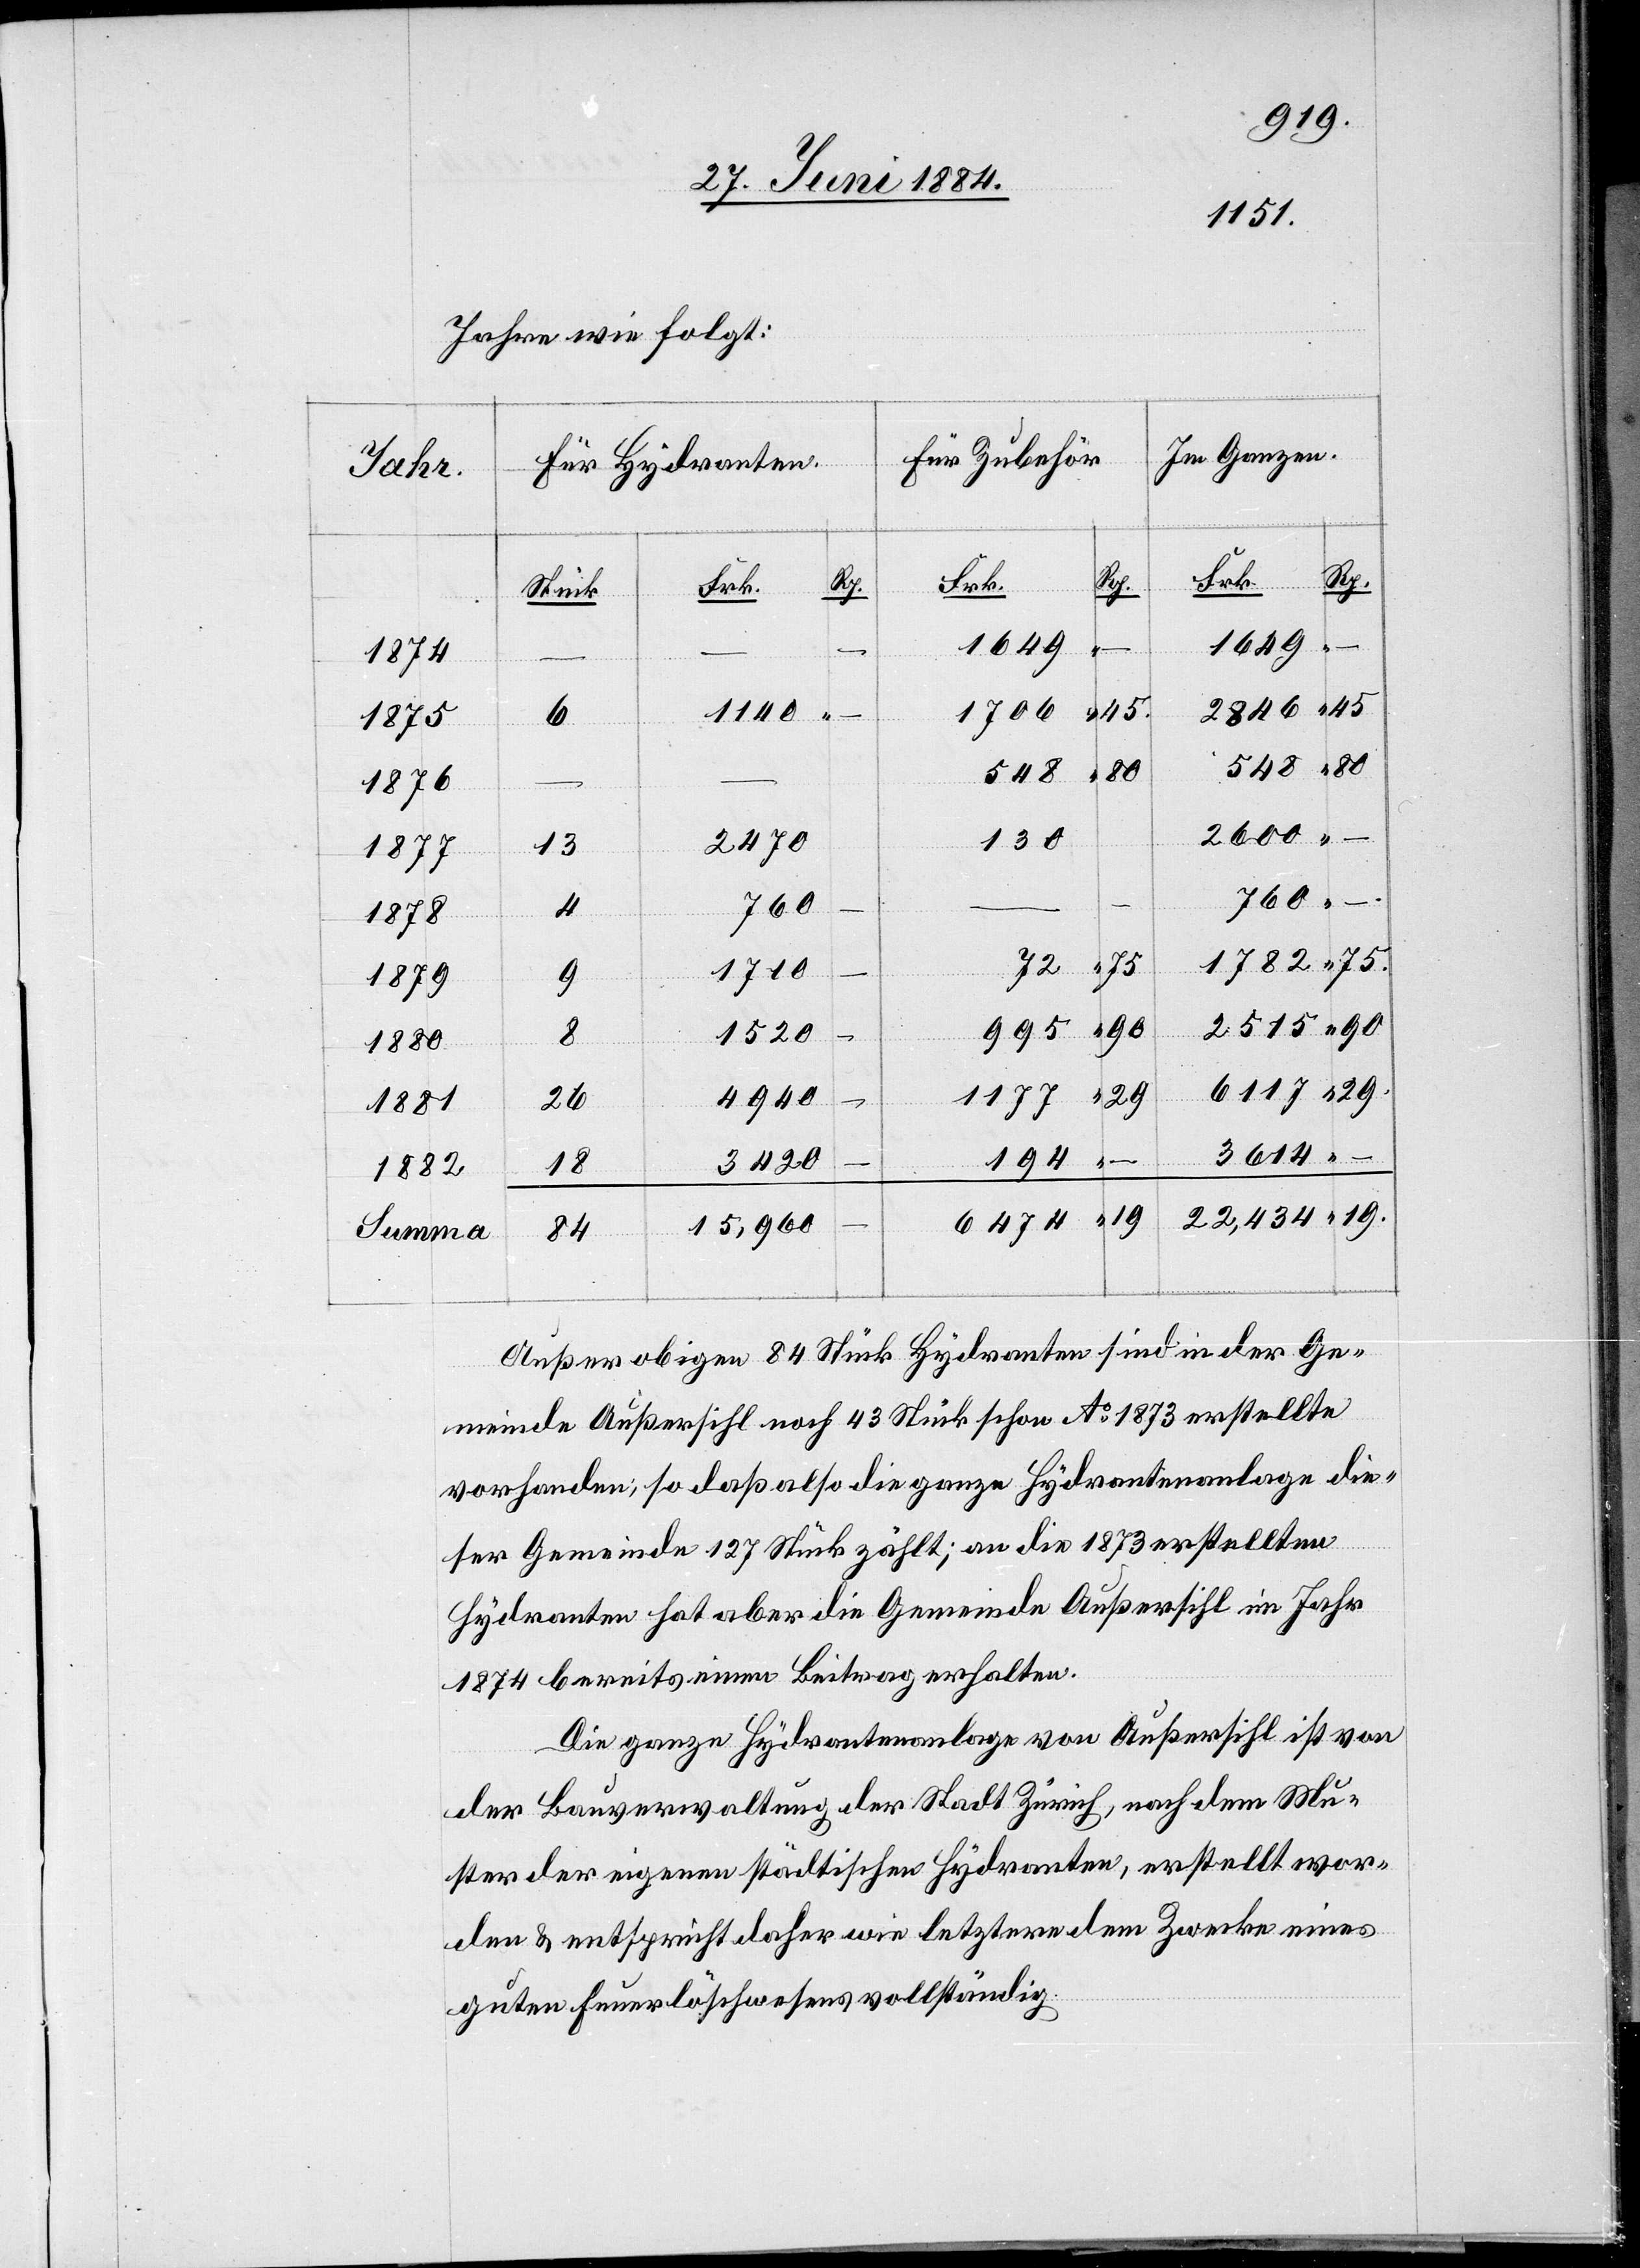
Jahre wie folgt:
Im Ganzen.
Für Zubehör.
Für Hydranten.
Jahr.
Frk.
Rp.
Frk.
Rp.
Stück
1649
1649
6
–
1874
45
2846
1140
1706
1875
22,434
548
1876
–
130
2470
1877
760
4
1878
2515
72
1782
1879
90
995
8
1520
1880
1177
4940
26
1881
3614
194
3420
18
1882
19.
6474
15,960
Summa
84
Außer obigen 84 Stück Hydranten sind in der Ge¬
meinde Außersihl noch 43 Stück schon Ao 1873 erstellte
vorhanden; so daß also die ganze Hydrantenanlage die¬
ser Gemeinde 127 Stück zählt, an die 1873 erstellten
Hydranten hat aber die Gemeinde Außersihl im Jahr
1874 bereits einen Beitrag erhalten.
Die ganze Hydrantenanlage von Außersihl ist von
der Bauverwaltung der Stadt Zürich, nach dem Mu¬
ster der eigen städtischen Hydranten, erstellt wor¬
den & entspricht daher wie letztere dem Zwecke eines
guten Feuerlöschwesens vollständig.